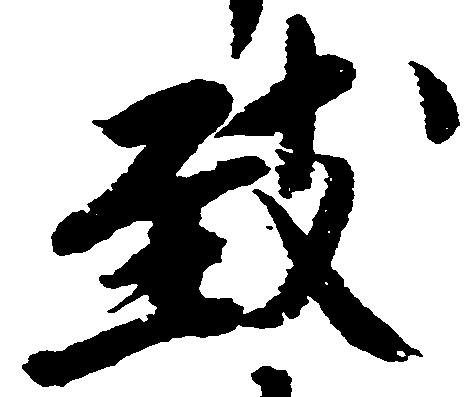
致